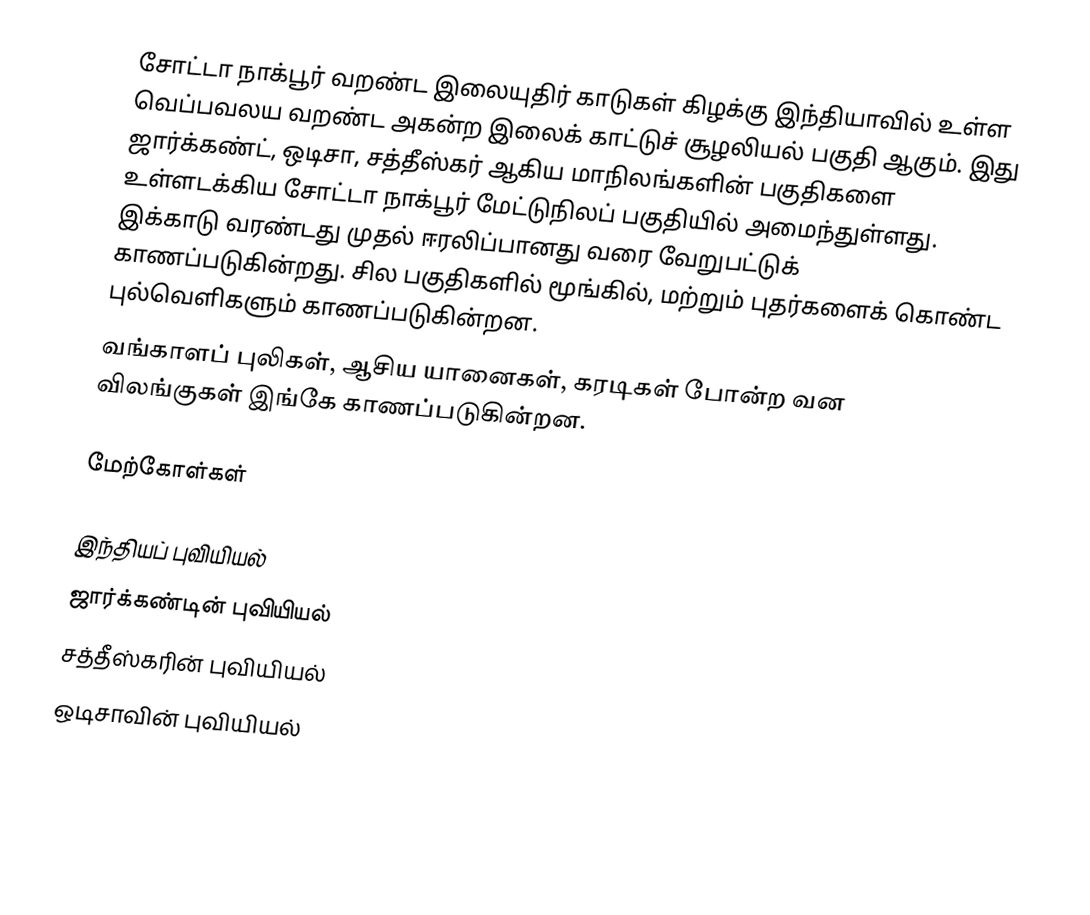
சோட்டா நாக்பூர் வறண்ட இலையுதிர் காடுகள் கிழக்கு இந்தியாவில் உள்ள வெப்பவலய வறண்ட அகன்ற இலைக் காட்டுச் சூழலியல் பகுதி ஆகும். இது ஜார்க்கண்ட், ஒடிசா, சத்தீஸ்கர் ஆகிய மாநிலங்களின் பகுதிகளை உள்ளடக்கிய சோட்டா நாக்பூர் மேட்டுநிலப் பகுதியில் அமைந்துள்ளது. இக்காடு வரண்டது முதல் ஈரலிப்பானது வரை வேறுபட்டுக் காணப்படுகின்றது. சில பகுதிகளில் மூங்கில், மற்றும் புதர்களைக் கொண்ட புல்வெளிகளும் காணப்படுகின்றன.
வங்காளப் புலிகள், ஆசிய யானைகள், கரடிகள் போன்ற வன விலங்குகள் இங்கே காணப்படுகின்றன.

மேற்கோள்கள்

இந்தியப் புவியியல்
ஜார்க்கண்டின் புவியியல்
சத்தீஸ்கரின் புவியியல்
ஒடிசாவின் புவியியல்